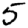
Digit: 5